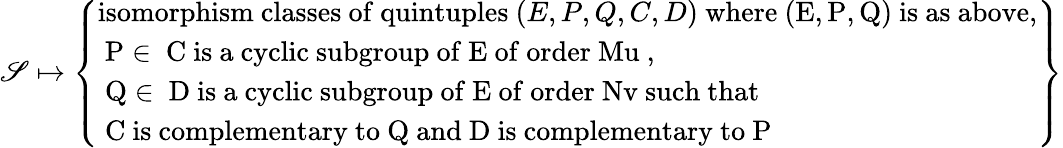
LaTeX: \mathscr{S}\mapsto\left\{ \begin{array}{ll}{\mathrm{isomorphism~classes~of~quintuples~}(E,P,Q,C,D)\mathrm{~where~(E,P,Q)~is~as~above,}}\\ {\mathrm{~P\in~C~is~a~cyclic~subgroup~of~E~of~order~Mu~,}}\\ {\mathrm{~Q\in~D~is~a~cyclic~subgroup~of~E~of~order~Nv~such~that}}\\ {\mathrm{~C~is~complementary~to~Q~and~D~is~complementary~to~P~}}\end{array}\right\}